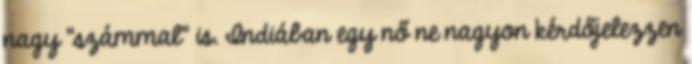
nagy “számmal” is. Indiában egy nő ne nagyon kérdőjelezzen